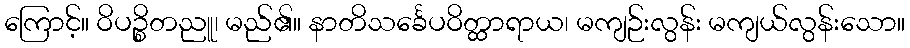
ကြောင့်။ ဝိပဉ္စိတညူ၊ မည်၏။ နာတိသင်္ခေပဝိတ္ထာရာယ၊ မကျဉ်းလွန်း မကျယ်လွန်းသော။